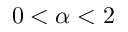
0 < \alpha < 2